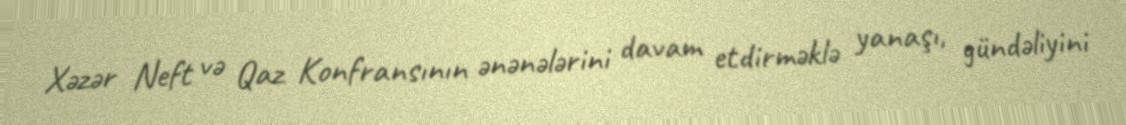
Xəzər Neft və Qaz Konfransının ənənələrini davam etdirməklə yanaşı, gündəliyini